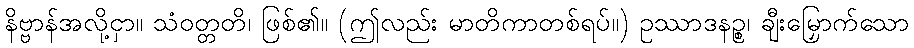
နိဗ္ဗာန်အလို့ငှာ။ သံဝတ္တတိ၊ ဖြစ်၏။ (ဤလည်း မာတိကာတစ်ရပ်။) ဥဿာဒနဉ္စ၊ ချီးမြှောက်သော